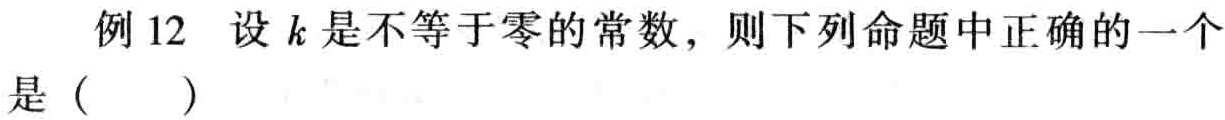
例 12 设 \(k\) 是不等于零的常数，则下列命题中正确的一个是（  ）